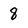
Character: 8